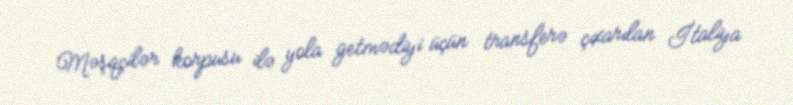
Məşqçilər korpusu ilə yola getmədiyi üçün transferə çıxarılan İtaliya